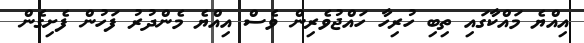
އިއްޔެ މައްކާގައި ތިބި ހުރިހާ ހައްޖުވެރިން ވެސް އިއްޔެ މެންދުރު ފަހުން ފެށިގެން